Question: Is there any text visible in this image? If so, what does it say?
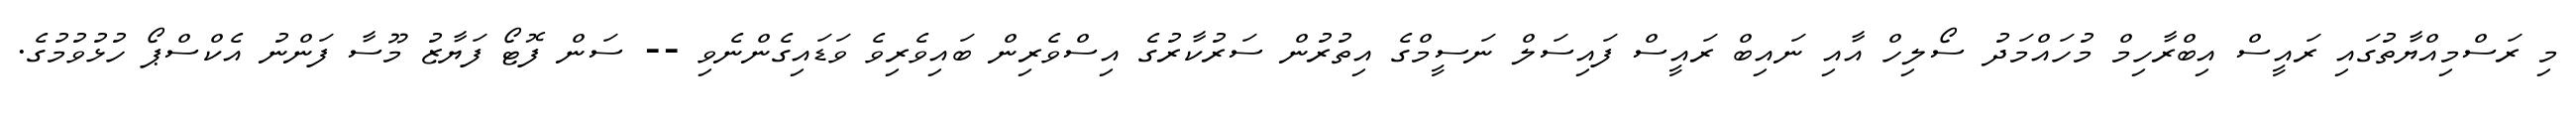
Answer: މި ރަސްމިއްޔާތުގައި ރައީސް އިބްރާހިމް މުހައްމަދު ސޯލިހް އާއި ނައިބް ރައީސް ފައިސަލް ނަސީމްގެ އިތުރުން ސަރުކާރުގެ އިސްވެރިން ބައިވެރިވެ ވަޑައިގެންނެވި -- ސަން ފޮޓޯ ފަޔާޒު މޫސާ ފަންނު އެކްސްޕޯ ހުޅުވުމުގެ.